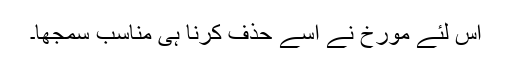
اس لئے مورخ نے اسے حذف کرنا ہی مناسب سمجھا۔